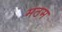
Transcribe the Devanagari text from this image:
मठम